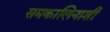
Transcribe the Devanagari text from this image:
समकालिनाशी